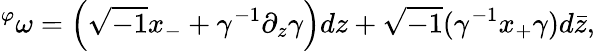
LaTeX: {}^{\varphi}\omega=\left(\sqrt{-1}x_{-}+\gamma^{-1}\partial_{z}\gamma\right)dz+\sqrt{-1}(\gamma^{-1}x_{+}\gamma)d\bar{z},